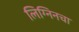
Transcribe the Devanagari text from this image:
लिग्निनचा